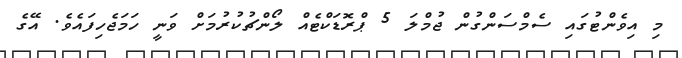
މި އިވެންޓުގައި ސެމްސަންގުން ޖުމްލަ 5 ޕްރޮޑަކްޓެއް ލޯންޗުކުރުމަށް ވަނީ ހަމަޖެހިފައެވެ. އޭގެ